Annual report of the Bengal Veterinary College and of the Civil Veterinary Department, Bengal, for the year 1915-16 - 1915-1916
Year: 1915
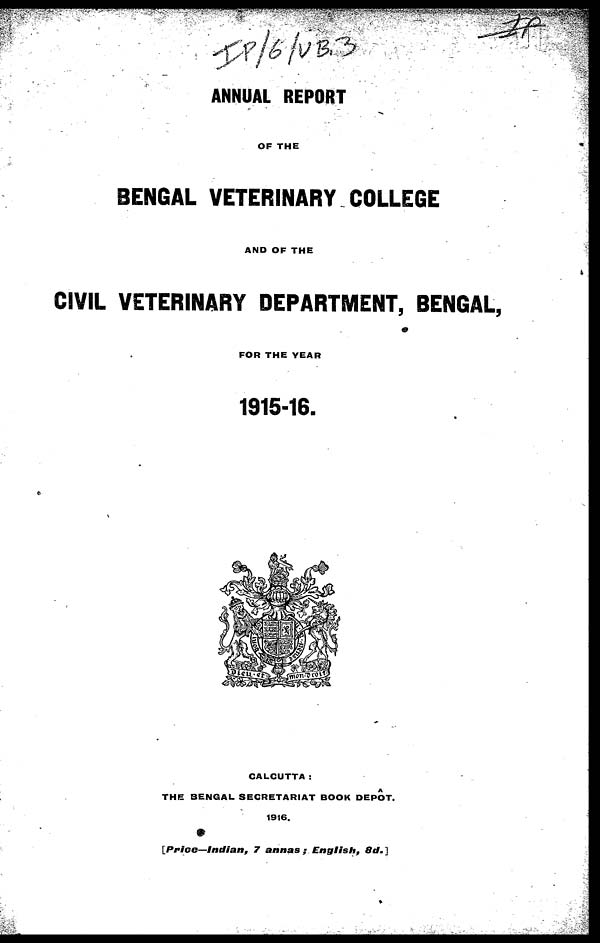
ANNUAL REPORT
OF THE
BENGAL VETERINARY COLLEGE
AND OF THE
CIVIL VETERINARY DEPARTMENT, BENGAL,
FOR THE YEAR
1915-16.
CALCUTTA:
A
THE BENGAL SECRETARIAT BOOK DEPOT.
1916.
[Price—Indian, 7 annas;
English,
8d.]